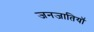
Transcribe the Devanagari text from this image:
जनजातियॉं